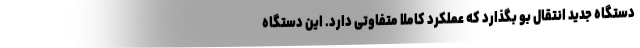
دستگاه جدید انتقال بو بگذارد که عملکرد کاملا متفاوتی دارد. این دستگاه